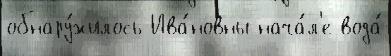
обнару́жилось Ива́новны нача́л'е вода́